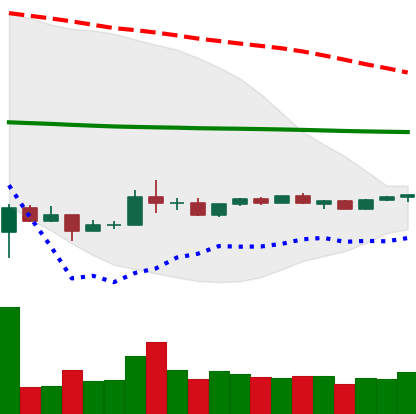
Ticker: ADA-USD
Chart end date: 2020-04-01
Forward return: 15.43%
Label: up_7plus